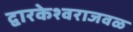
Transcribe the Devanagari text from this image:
द्वारकेश्वराजवळ